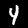
Label: 4